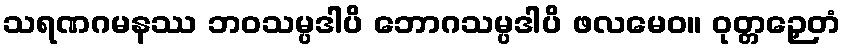
သရဏဂမနဿ ဘဝသမ္ပဒါပိ ဘောဂသမ္ပဒါပိ ဖလမေဝ။ ဝုတ္တဉှေတံ